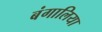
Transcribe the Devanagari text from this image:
बंगालिया